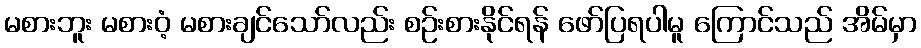
မစားဘူး မစားဝံ့ မစားချင်သော်လည်း စဉ်းစားနိုင်ရန် ဖော်ပြရပါမူ ကြောင်သည် အိမ်မှာ